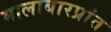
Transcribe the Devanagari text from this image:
मालाबारप्रांत